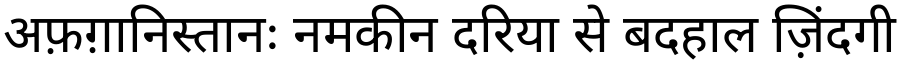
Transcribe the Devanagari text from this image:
अफ़ग़ानिस्तानः नमकीन दरिया से बदहाल ज़िंदगी